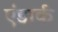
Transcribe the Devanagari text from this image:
एंडार्क